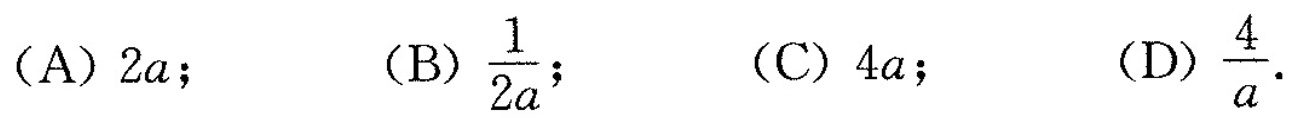
(A)2a；(B) \frac{1}{2a}; (C)4a；(D) \frac{4}{a}.